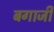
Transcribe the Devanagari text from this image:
बगाजी